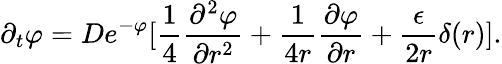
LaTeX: \partial_{t}\varphi=De^{-\varphi}[\frac{1}{4}\frac{\partial^{2}\varphi}{\partial r^{2}}+\frac{1}{4r}\frac{\partial\varphi}{\partial r}+\frac{\epsilon}{2r}\delta(r)].